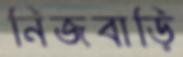
নিজবাড়ি